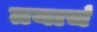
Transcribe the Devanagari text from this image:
तयाचं